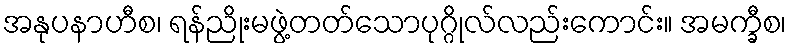
အနုပနာဟီစ၊ ရန်ညိုးမဖွဲ့တတ်သောပုဂ္ဂိုလ်လည်းကောင်း။ အမက္ခီစ၊